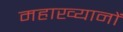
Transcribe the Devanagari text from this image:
महाख्यानों